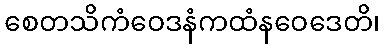
စေတသိကံဝေဒနံကထံနဝေဒေတိ၊